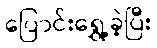
ပြောင်းရွှေ့ခဲ့ပြီး